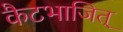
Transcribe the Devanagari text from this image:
कैटभाजित्